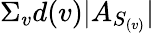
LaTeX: \Sigma_{v}d(v)|A_{S_{(v)}}|